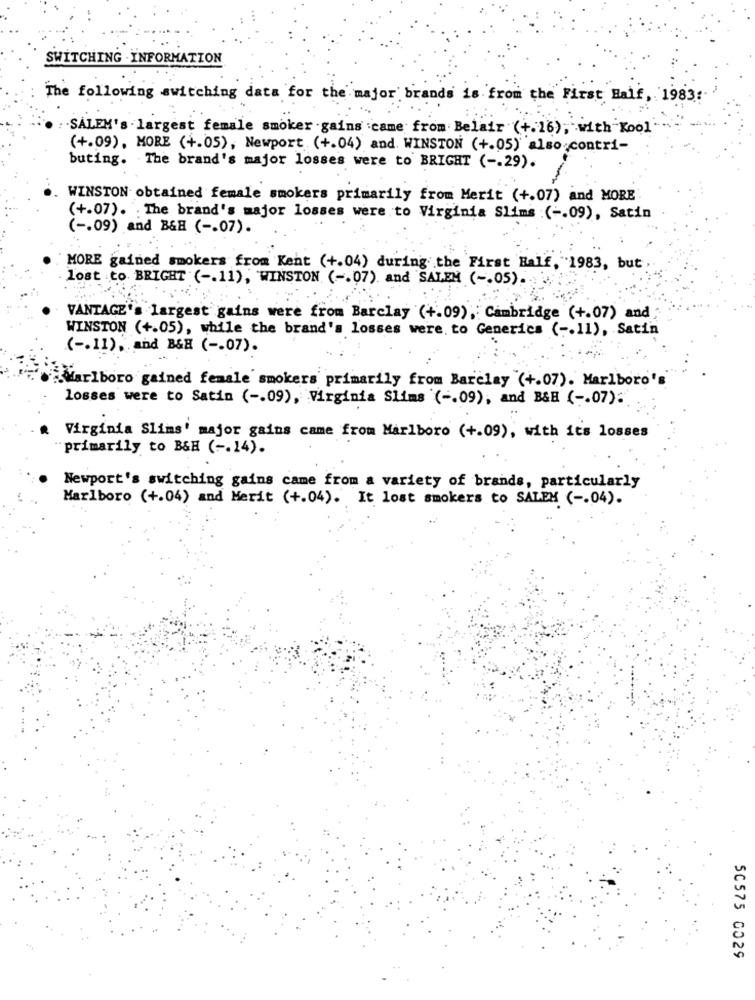
SWITCHING . INFORMATION
The following switching data for the major brands is from the First Half , 1983:
: SALEM's largest female smoker gains came from Belair (+.16), with Kool
(+.09), MORE (+.05), Newport (+.04) and. WINSTON (+.05) also contri-
buting. The brand's major losses were to BRIGHT ( -. 29).
WINSTON obtained female smokers primarily from Merit (+.07) and MORE
(+.07). The brand's major losses were to Virginia Slims :( -. 09), Satin
( -. 09) and B&H ( -. 07).
MORE gained smokers from Kent (+.04) during the First Half, 1983, but
Lost to BRIGHT ( -. 11), WINSTON ( -. 07) and SALEM ( -. 05).
VANTAGE's largest gains were from Barclay (+.09), Cambridge (+.07) and
WINSTON (+.05), while the brand's losses were. to Generics ( -. 11), Satin
( -. 11), and B&H ( -- 07).
Marlboro gained female smokers primarily from Barclay (+.07). Marlboro's
losses were to Satin ( -. 09), Virginia Slims ( -. 09), and B&H ( -. 07):
Virginia Slims' major gains came from Marlboro (+.09), with its losses
"primarily to B&H ( -. 14).
Newport's switching gains came from a variety of brands, particularly
Marlboro (+.04) and Merit (+.04). It lost smokers to SALEM ( -. 04).
50575 0029